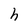
Character: h